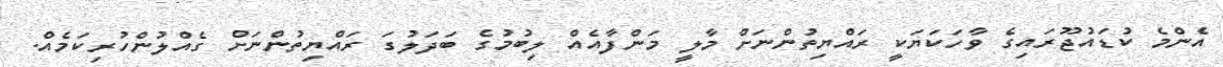
އެންމެ ކުޑައުޖޫރައިގެ ވާހަކަޔަކީ ރައްޔިތުންނަށް މާލީ މަންފާއެއް ލިބުމުގެ ބަދަލުގަ ރައްޔިތުންނަށް ގެއްލުންހުރިކަމެއް.